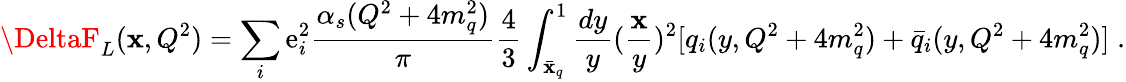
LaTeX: \DeltaF_{L}(\mathbf{x},Q^{2})=\sum_{i}\mathrm{e}_{i}^{2}\frac{{\alpha_{s}(Q^{2}+4m_{q}^{2})}}{{\pi}}\frac{{4}}{{3}}\int_{\bar{{\mathbf{x}}}_{q}}^{1}\frac{{dy}}{{y}}(\frac{{\mathbf{x}}}{{y}})^{2}[q_{i}(y,Q^{2}+4m_{q}^{2})+\bar{{q}}_{i}(y,Q^{2}+4m_{q}^{2})]\; .